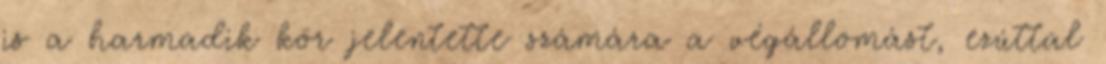
is a harmadik kör jelentette számára a végállomást, ezúttal